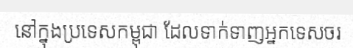
នៅក្នុងប្រទេសកម្ពុជា ដែលទាក់ទាញអ្នកទេសចរ